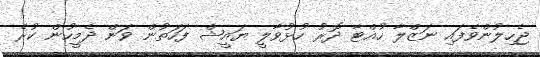
ޖެހިލުންވެފައި ނަޒްލާ ހުއްޓާ ދޮރު ހުޅުވާލީ ޔައީޝް ފަހަތުން ވަން ދެމީހުން ކުރެ